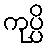
ကုပ္ပိ